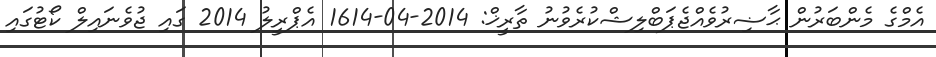
އެމްގެ މެންބަރުން ޙާޟިރުވެއްޖެޕަބްލިޝްކުރެވުނު ތާރީޚް: 2014-04-1614 އެޕްރީލު 2014 ގައި ޖުވެނައިލް ކޯޓުގައި